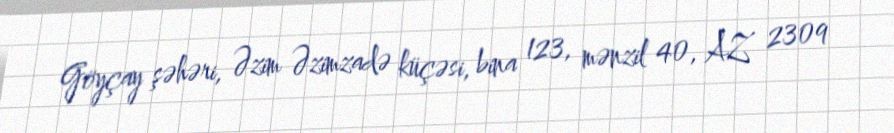
Göyçay şəhəri, Əzim Əzimzadə küçəsi, bina 123, mənzil 40, AZ 2309